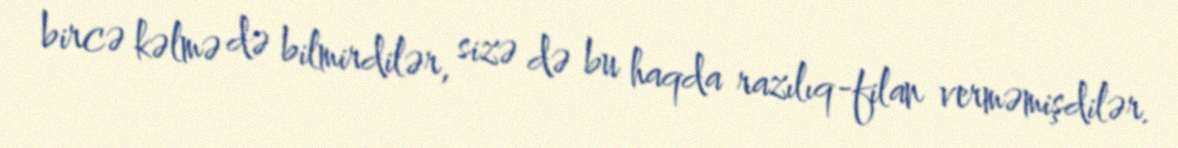
bircə kəlmə də bilmirdilər, sizə də bu haqda razılıq-filan verməmişdilər.